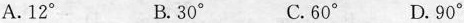
A.12° B.30° C.60° D.90°